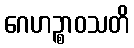
ဂေဟဉ္စာဝသတိ